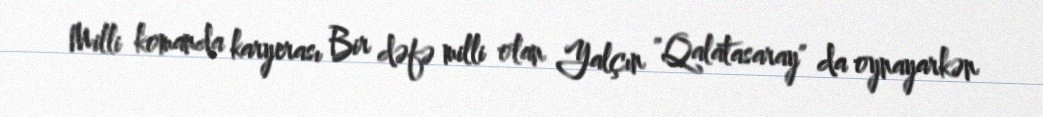
Milli komanda karyerası Bir dəfə milli olan Yalçın "Qalatasaray" da oynayarkən